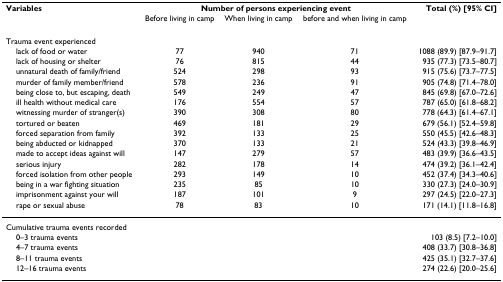
<table><thead><tr><td><b>Variables</b></td><td colspan="3"><b>Number of persons experiencing event</b></td><td><b>Total (%) [95% CI]</b></td></tr><tr><td></td><td><b>Before living in camp</b></td><td><b>When living in camp</b></td><td><b>before and when living in camp</b></td><td></td></tr></thead><tbody><tr><td>Trauma event experienced</td><td></td><td></td><td></td><td></td></tr><tr><td> lack of food or water</td><td>77</td><td>940</td><td>71</td><td>1088 (89.9) [87.9–91.7]</td></tr><tr><td> lack of housing or shelter</td><td>76</td><td>815</td><td>44</td><td>935 (77.3) [73.5–80.7]</td></tr><tr><td> unnatural death of family/friend</td><td>524</td><td>298</td><td>93</td><td>915 (75.6) [73.7–77.5]</td></tr><tr><td> murder of family member/friend</td><td>578</td><td>236</td><td>91</td><td>905 (74.8) [71.4–78.0]</td></tr><tr><td> being close to, but escaping, death</td><td>549</td><td>249</td><td>47</td><td>845 (69.8) [67.0–72.6]</td></tr><tr><td> ill health without medical care</td><td>176</td><td>554</td><td>57</td><td>787 (65.0) [61.8–68.2]</td></tr><tr><td> witnessing murder of stranger(s)</td><td>390</td><td>308</td><td>80</td><td>778 (64.3) [61.4–67.1]</td></tr><tr><td> tortured or beaten</td><td>469</td><td>181</td><td>29</td><td>679 (56.1) [52.4–59.8]</td></tr><tr><td> forced separation from family</td><td>392</td><td>133</td><td>25</td><td>550 (45.5) [42.6–48.3]</td></tr><tr><td> being abducted or kidnapped</td><td>370</td><td>133</td><td>21</td><td>524 (43.3) [39.8–46.9]</td></tr><tr><td> made to accept ideas against will</td><td>147</td><td>279</td><td>57</td><td>483 (39.9) [36.6–43.5]</td></tr><tr><td> serious injury</td><td>282</td><td>178</td><td>14</td><td>474 (39.2) [36.1–42.4]</td></tr><tr><td> forced isolation from other people</td><td>293</td><td>149</td><td>10</td><td>452 (37.4) [34.3–40.6]</td></tr><tr><td> being in a war fighting situation</td><td>235</td><td>85</td><td>10</td><td>330 (27.3) [24.0–30.9]</td></tr><tr><td> imprisonment against your will</td><td>187</td><td>101</td><td>9</td><td>297 (24.5) [22.0–27.3]</td></tr><tr><td> rape or sexual abuse</td><td>78</td><td>83</td><td>10</td><td>171 (14.1) [11.8–16.8]</td></tr><tr><td>Cumulative trauma events recorded</td><td></td><td></td><td></td><td></td></tr><tr><td> 0–3 trauma events</td><td></td><td></td><td></td><td>103 (8.5) [7.2–10.0]</td></tr><tr><td> 4–7 trauma events</td><td></td><td></td><td></td><td>408 (33.7) [30.8–36.8]</td></tr><tr><td> 8–11 trauma events</td><td></td><td></td><td></td><td>425 (35.1) [32.7–37.6]</td></tr><tr><td> 12–16 trauma events</td><td></td><td></td><td></td><td>274 (22.6) [20.0–25.6]</td></tr></tbody></table>